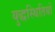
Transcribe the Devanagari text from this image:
युद्धस्थितियों